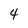
Character: 4